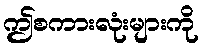
ဤစကားလုံးများကို